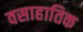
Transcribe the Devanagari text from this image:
वसाहातिक